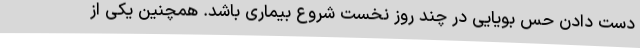
دست دادن حس بویایی در چند روز نخست شروع بیماری باشد. همچنین یکی از